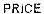
PRICE